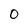
Character: O